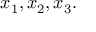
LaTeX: x _ { 1 } , x _ { 2 } , x _ { 3 } .